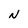
Character: N